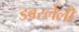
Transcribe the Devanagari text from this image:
डवरलेली